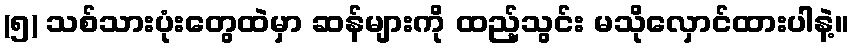
(၅) သစ်သားပုံးတွေထဲမှာ ဆန်များကို ထည့်သွင်း မသိုလှောင်ထားပါနဲ့။